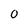
Character: 0